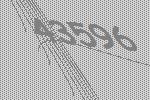
43596